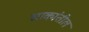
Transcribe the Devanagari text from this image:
चाकांतील